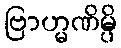
ဗြာဟ္မဏိမ္ပိ